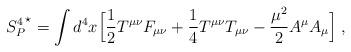
LaTeX: \begin{align*}{S_{P}^4}^{\star}=\int d^4x\Bigl[{1 \over 2}T^{\mu\nu}F_{\mu\nu}+{1 \over 4}T^{\mu\nu}T_{\mu\nu}-{{\mu}^2 \over 2}A^{\mu}A_{\mu}\Bigl]\; ,\end{align*}